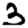
Digit: 3